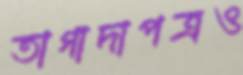
তাগাদাপত্রও